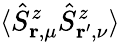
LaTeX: \langle\hat{S}_{\mathbf{r},\mu}^{z}\hat{S}_{\mathbf{r}^{\prime},\nu}^{z}\rangle